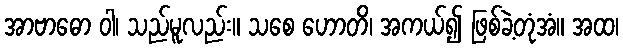
အာဗာဓော ဝါ၊ သည်မူလည်း။ သစေ ဟောတိ၊ အကယ်၍ ဖြစ်ခဲ့တုံအံ။ အထ၊